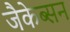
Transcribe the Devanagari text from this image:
जैकेब्सन